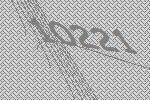
10221